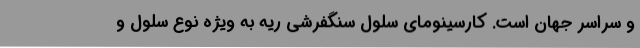
و سراسر جهان است. کارسینومای سلول سنگفرشی ریه به ویژه نوع سلول و